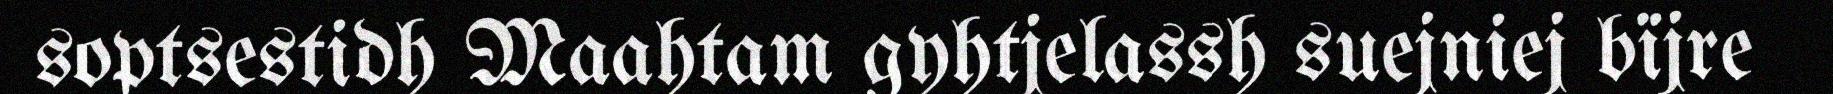
soptsestidh Maahtam gyhtjelassh suejniej bïjre